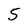
Character: 5